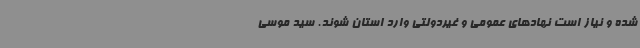
شده و نیاز است نهادهای عمومی و غیردولتی وارد استان شوند. سید موسی